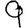
Digit: 9